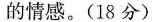
的情感。(18分)